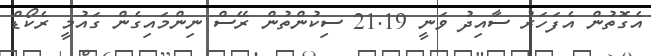
އެގޮތުން އެފަހަރު ސާއިދު ވަނީ 21.19 ސިކުންތުން ރޭސް ނިންމައިގެން ގައުމީ ރެކޯޑް